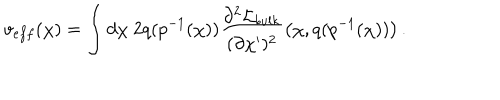
v _ { e f f } ( \chi ) = \int d \chi ~ 2 q ( p ^ { - 1 } ( \chi ) ) \frac { \partial ^ { 2 } { \cal L } _ { b u l k } } { ( \partial \chi ^ { \prime } ) ^ { 2 } } \left( \chi , q ( p ^ { - 1 } ( \chi ) ) \right) .